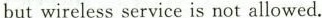
but wireless service is not allowed.